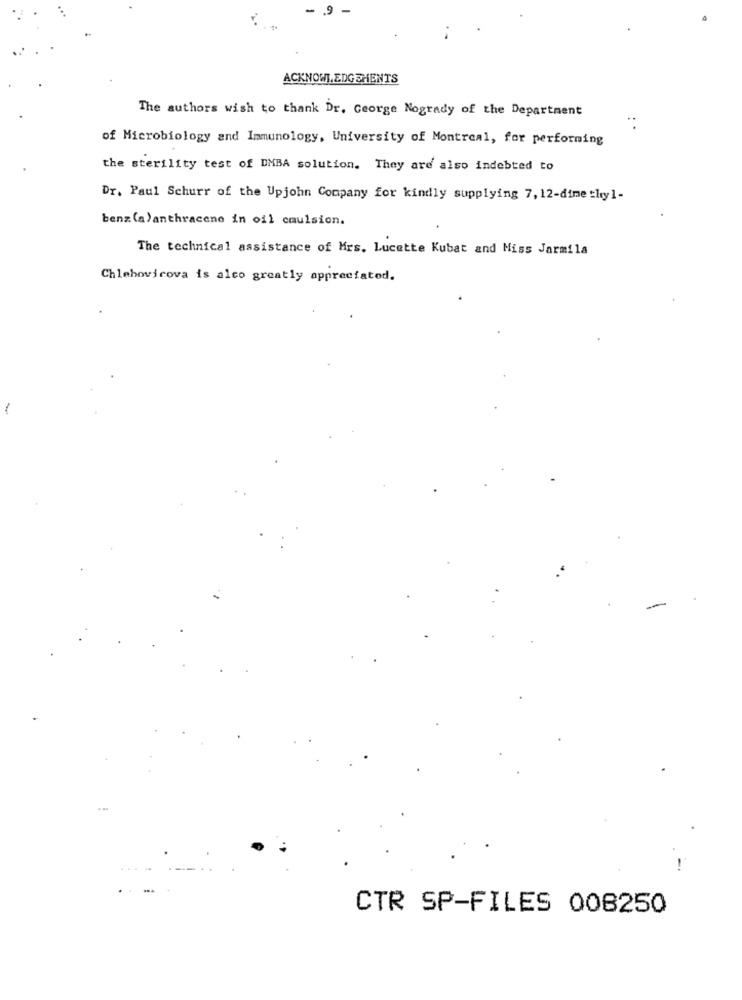
ACKNOWLEDGEMENTS
The authors wish to thank Dr. George Nogrady of the Department
.:
of Microbiology and Immunology, University of Montreal, for performing
the sterility test of DMBA solution. They are also indebted to
Dr. Paul Schurr of the Upjohn Company for kindly supplying 7, 12-dime thyl-
benz (a)anthracene in oil caulsion.
The technical assistance of Mrs. Lucette Kubat and Miss Jarmila
Chlebovicova is alco greatly appreciated.
1
CTR SP-FILES 008250